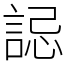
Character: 誋